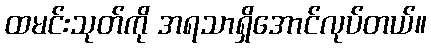
ထမင်းသုတ်ကို အရသာရှိအောင်လုပ်တယ်။